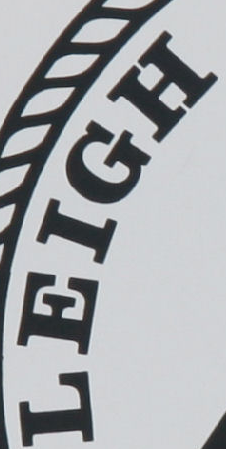
LEIGH